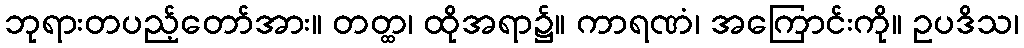
ဘုရားတပည့်တော်အား။ တတ္ထ၊ ထိုအရာ၌။ ကာရဏံ၊ အကြောင်းကို။ ဥပဒိသ၊